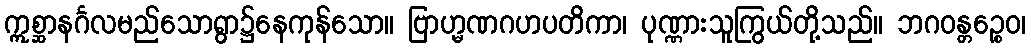
ဣစ္ဆာနင်္ဂလမည်သောရွာ၌နေကုန်သော။ ဗြာဟ္မဏဂဟပတိကာ၊ ပုဏ္ဏားသူကြွယ်တို့သည်။ ဘဂဝန္တဉ္စေဝ၊